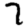
Digit: 7